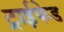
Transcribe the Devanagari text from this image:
ट्राईफेड